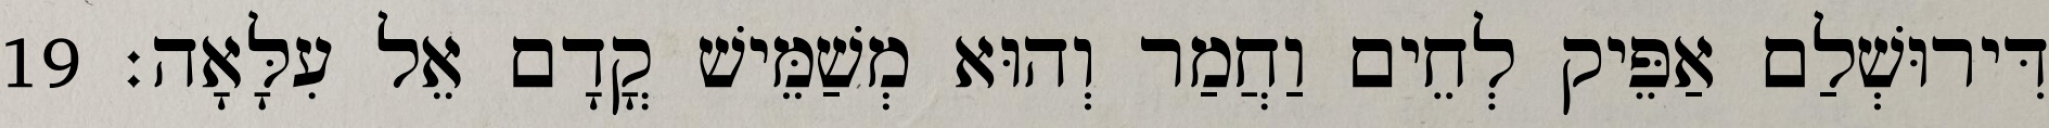
דִּירוּשְׁלַם אַפֵּיק לְחֵים וַחֲמַר וְהוּא מְשַׁמֵּישׁ קֳדָם אֵל עִלָּאָה׃ 19